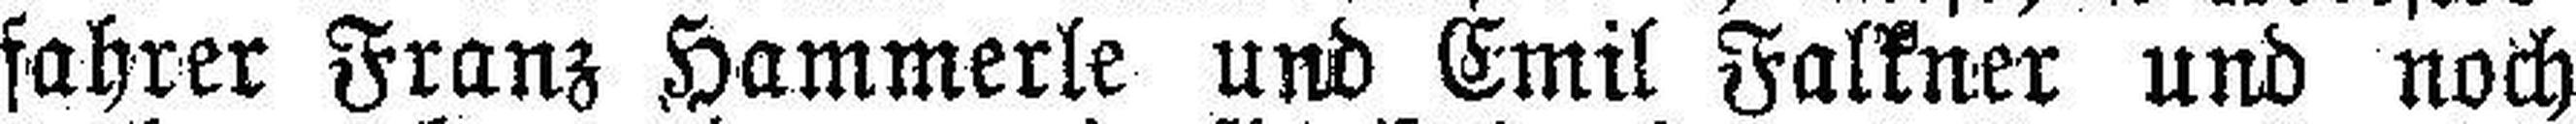
fahrer Franz Hammerle und Emil Falkner und noch